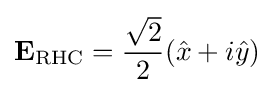
\mathbf {E} _{\text{RHC}}={\frac {\sqrt {2}}{2}}({\hat {x}}+i{\hat {y}})